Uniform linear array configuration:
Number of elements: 24
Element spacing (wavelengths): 0.5
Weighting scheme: cosine
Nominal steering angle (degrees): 60
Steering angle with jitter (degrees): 59.09
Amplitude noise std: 0.05
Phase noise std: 0.05

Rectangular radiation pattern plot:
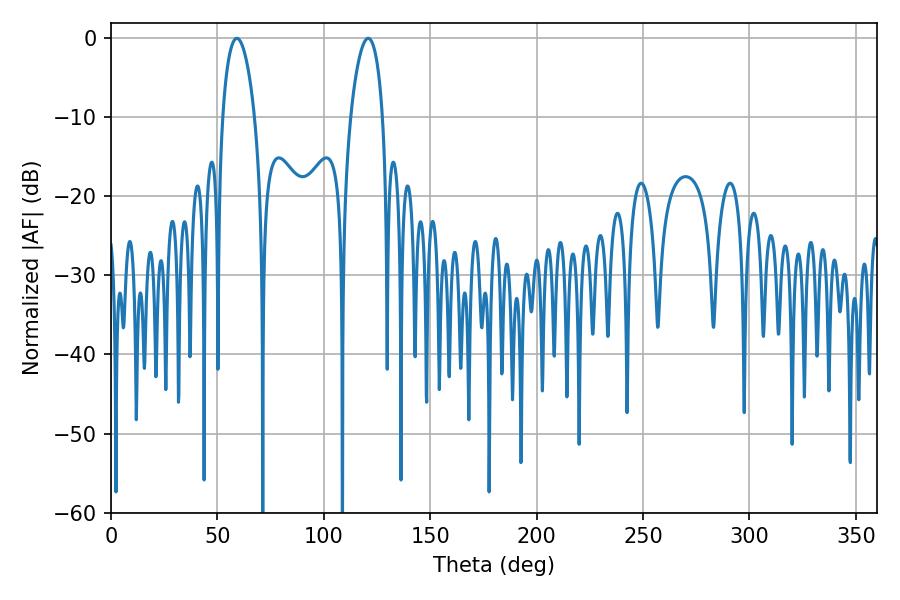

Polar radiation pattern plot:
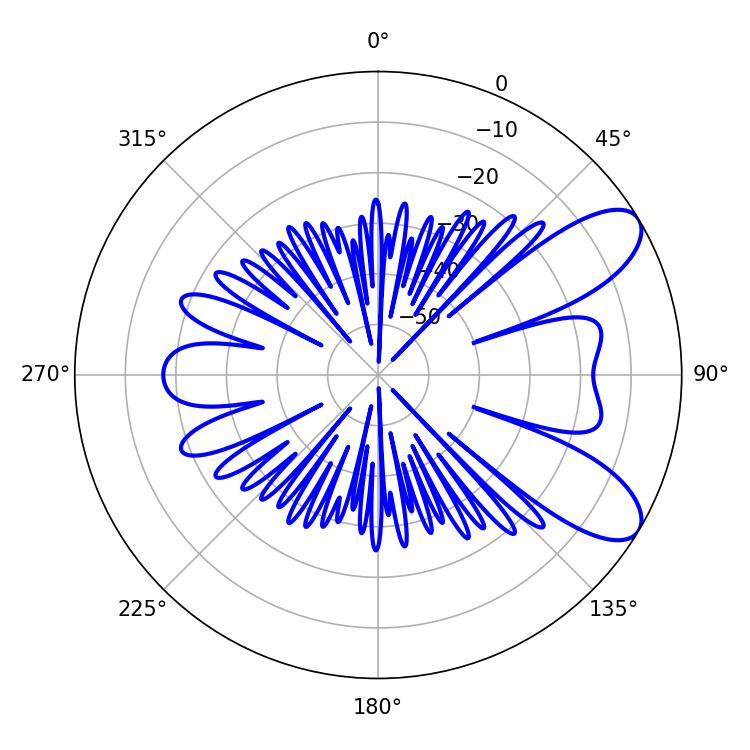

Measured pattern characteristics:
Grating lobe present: FALSE
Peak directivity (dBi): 8.577
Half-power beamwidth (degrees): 8.64
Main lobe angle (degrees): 59.22